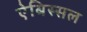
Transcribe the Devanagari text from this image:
ऐबिस्सल